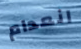
انعدام